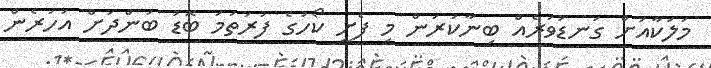
މަލަކާއަށް ގަނޑުވަރެއް ބިނާކުރަން މި ފެށީ ކޯހުގެ ފުރަތަމަ ބޮޑު ބަންދަށް އަހަރެން